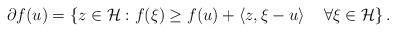
LaTeX: \begin{align*}\partial f (u)= \left\{ z \in \mathcal H : f(\xi) \geq f(u) + \left\langle z , \xi -u \right\rangle \quad\forall \xi \in \mathcal H \right\}.\end{align*}